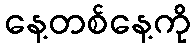
နေ့တစ်နေ့ကို